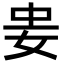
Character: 𭑲